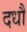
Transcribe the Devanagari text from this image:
दधौ